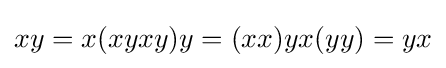
xy=x(xyxy)y=(xx)yx(yy)=yx